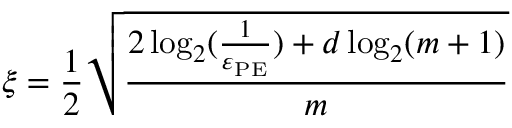
\xi = \frac { 1 } { 2 } \sqrt { \frac { 2 \log _ { 2 } ( \frac { 1 } { \varepsilon _ { \mathrm { P E } } } ) + d \log _ { 2 } ( m + 1 ) } { m } }